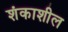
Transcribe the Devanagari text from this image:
शंकाशील